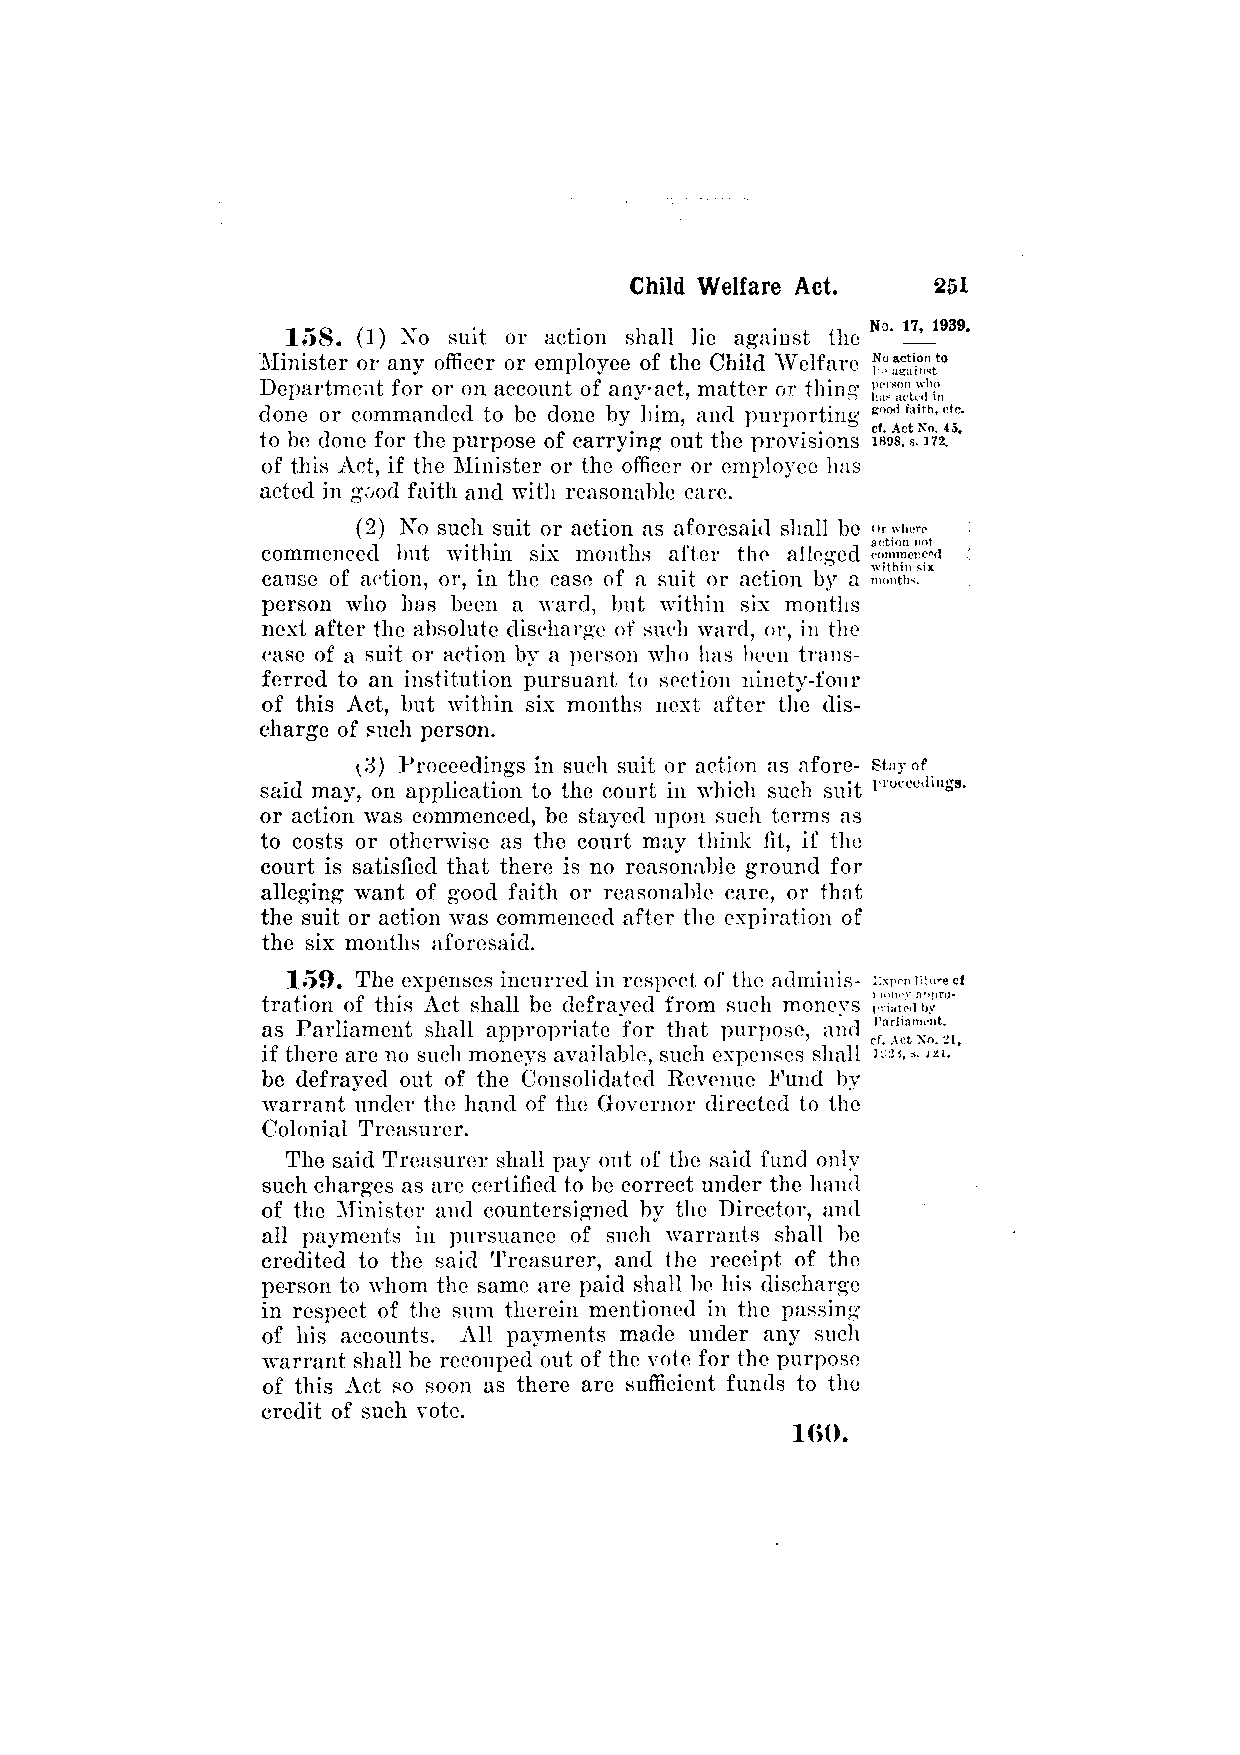
158. (1) No suit or action shall lie against the
 Minister or any officer or employee of the Child Welfare
 Department for or on account of any-act, matter or thing
 done or commanded to be done by him, and purporting
 to be done for the purpose of carrying out the provisions
 of this Act, if the Minister or the officer or employee has
 acted in good faith and with reasonable care.
 (2) No such suit or action as aforesaid shall bo
 commenced but within six months after the alleged
 cause of action, or, in the case of a suit or action by a
 person who has been a ward, but within six months
 next after the absolute discharge of such ward, or, in the
 case of a suit or action by a person who has been trans­
 ferred to an institution pursuant to section ninety-four
 of this Act, but within six months next after the dis­
 charge of such person.
 (3) Proceedings in such suit or action as afore­
 said may, on application to the court in which such suit
 or action was commenced, be stayed upon such terms as
 to costs or otherwise as the court may think fit, if the
 court is satisfied that there is no reasonable ground for
 alleging want of good faith or reasonable care, or that
 the suit or action was commenced after the expiration of
 the six months aforesaid.
 159. The expenses incurred in respect of the adminis­
 tration of this Act shall be defrayed from such moneys
 as Parliament shall appropriate for that purpose, and
 if there are no such moneys available, such expenses shall
 be defrayed out of the Consolidated Revenue Pund by
 warrant under the hand of the Governor directed to the
 Colonial Treasurer.
 The said Treasurer shall pay out of the said fund only
 such charges as are certified to be correct under the hand
 of the Minister and countersigned by the Director, and
 all payments in pursuance of such warrants shall be
 credited to the said Treasurer, and the receipt of the
 person to whom the same are paid shall be his discharge
 in respect of the sum therein mentioned in the passing
 of his accounts. All payments made under any such
 warrant shall be recouped out of the vote for the purpose
 of this Act so soon as there are sufficient funds to the
 credit of such vote.
 160.